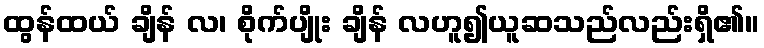
ထွန်ထယ် ချိန် လ၊ စိုက်ပျိုး ချိန် လဟူ၍ယူဆသည်လည်းရှိ၏။